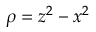
\rho = z ^ { 2 } - x ^ { 2 }